画像に写った文字を読んでください
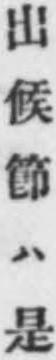
「出候節ハ是」と書いてあります